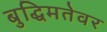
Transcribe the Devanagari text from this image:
बुद्धिमतेवर